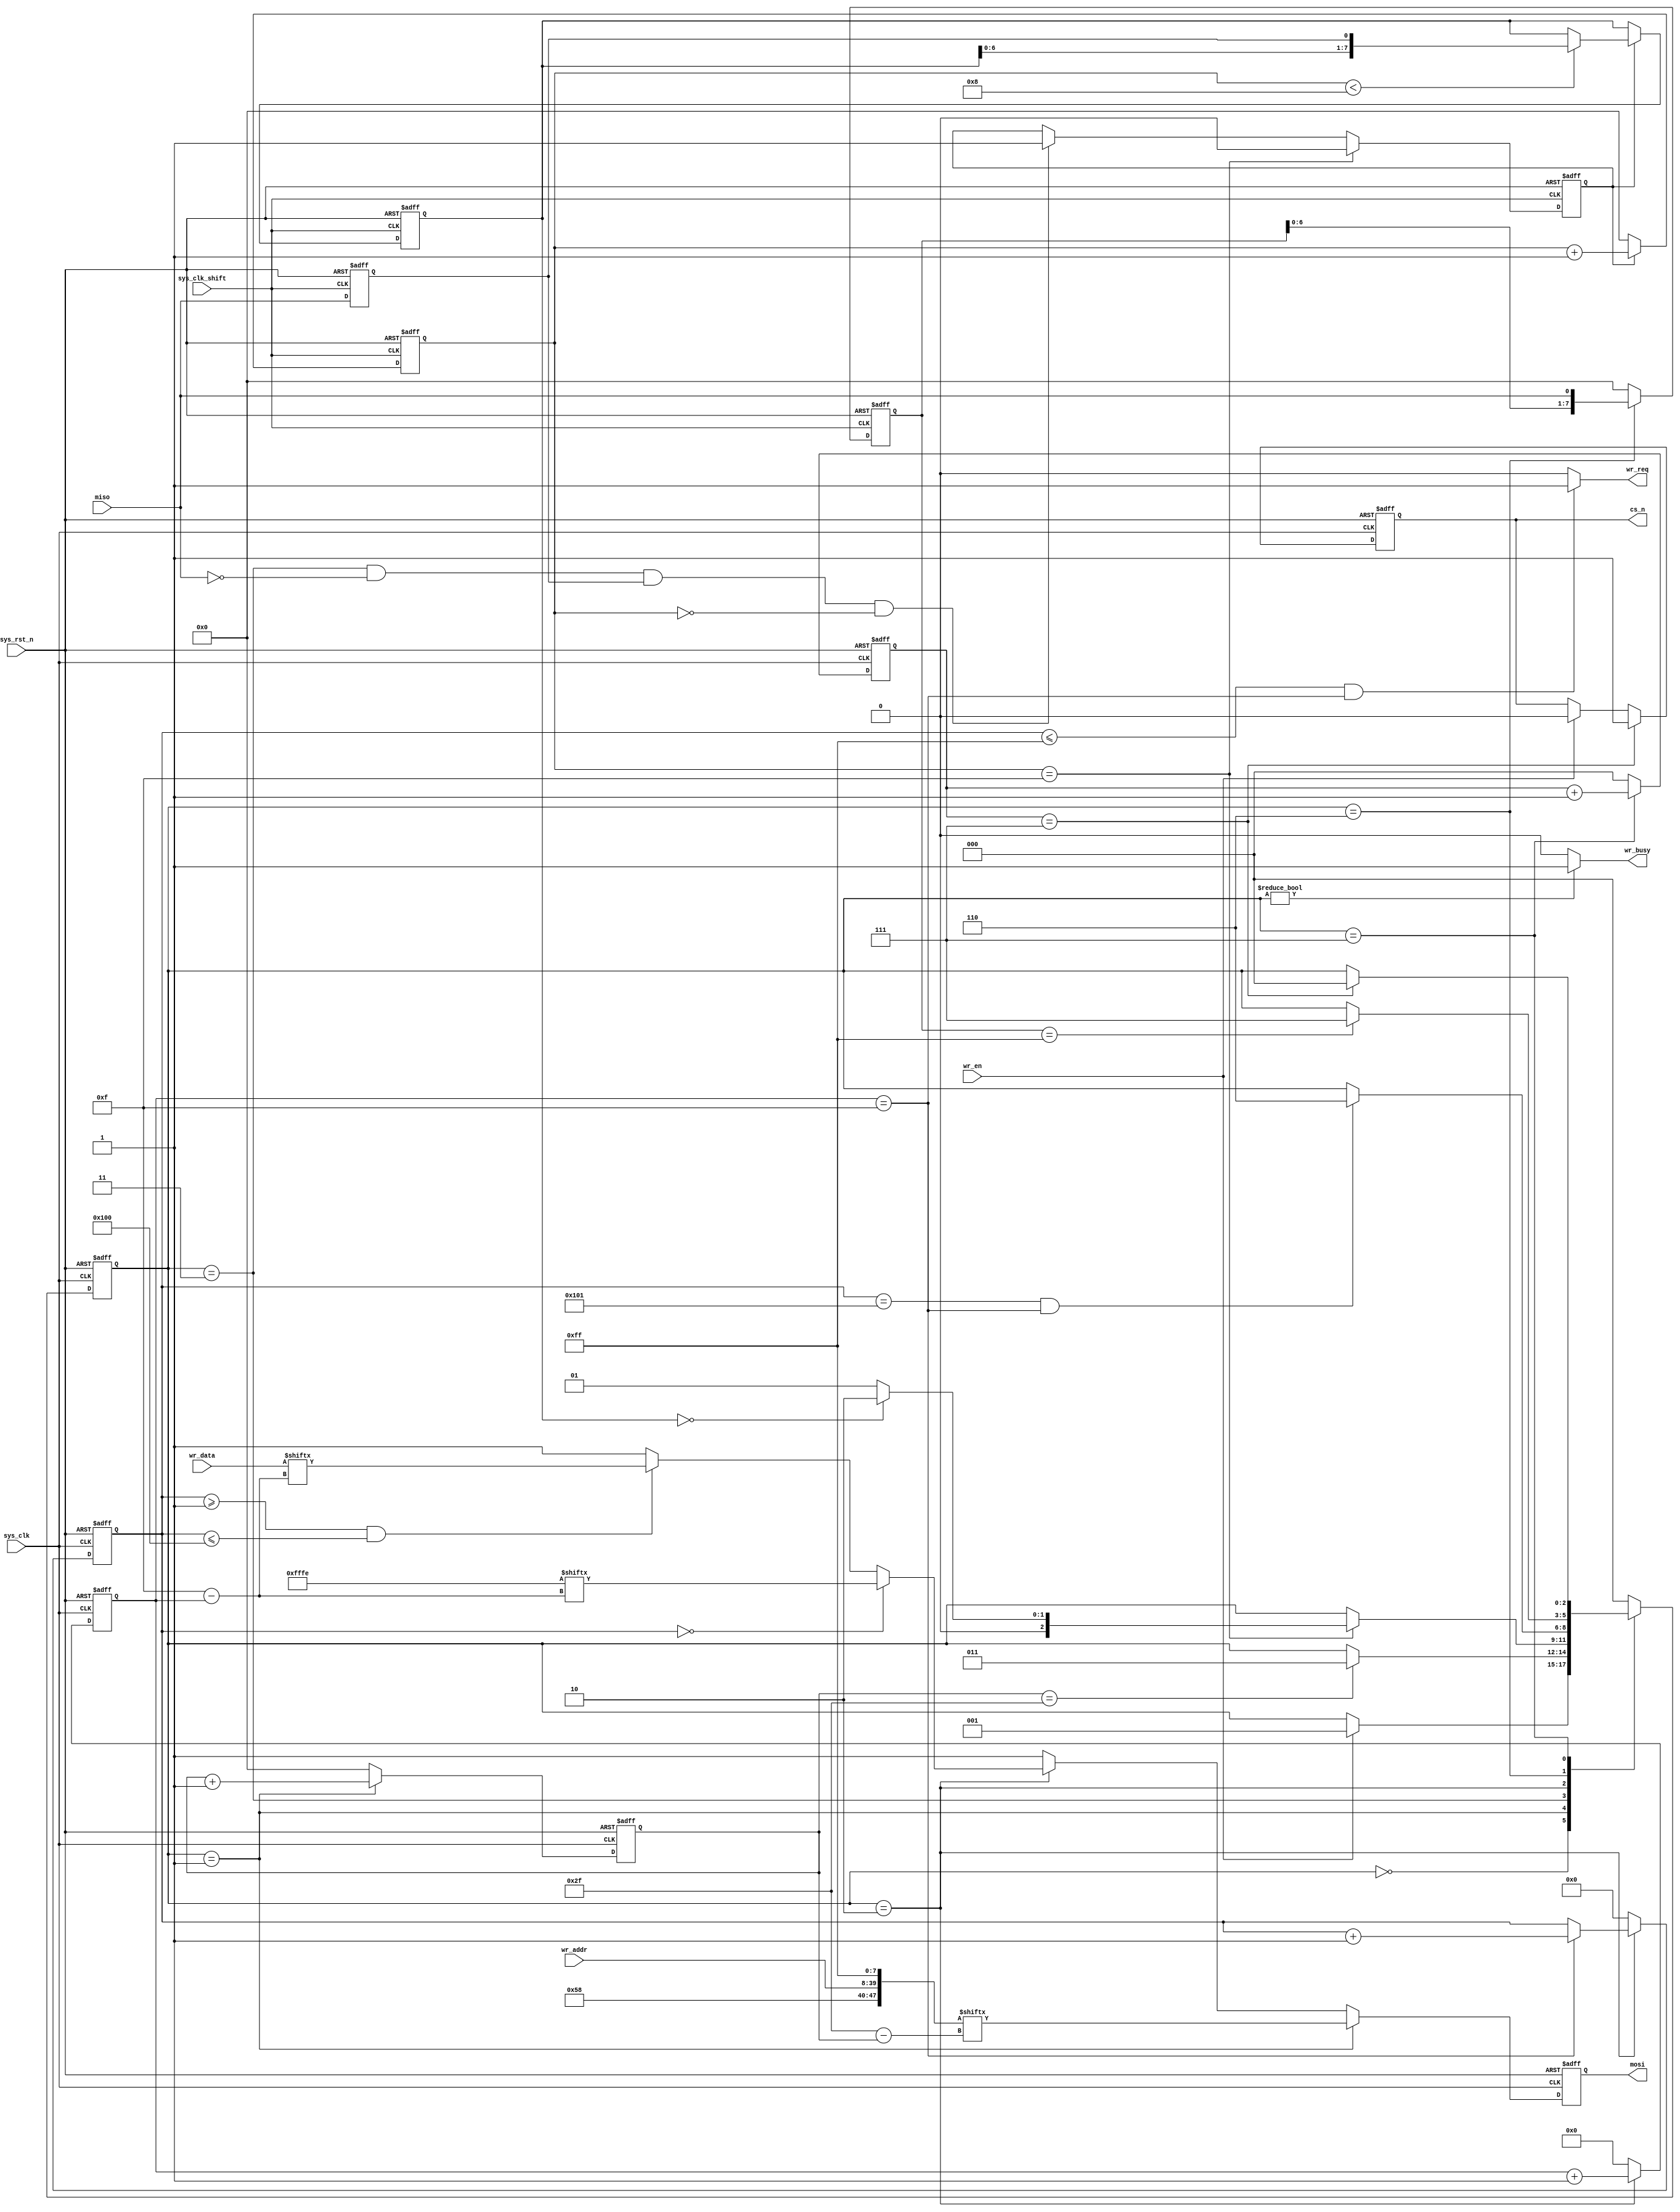
// This program was cloned from: https://github.com/abdelazeem201/SoC-FPGA
// License: MIT License

//*************************************************************************
//*  ASIC                                                                *
//*  UART2SD                                               
//*  Top File : sd_write.v                                                 *
//*  Author: Abdelazeem                                                   *
//*  Revision 0.1                                                         *
//*  Date     2024/01/26                                                   *
//*  Email : a.abdelazeem201@gmail.com                                      *
//*************************************************************************
`timescale  1ns/1ns
module  sd_write
(
    input   wire            sys_clk         ,   
    input   wire            sys_clk_shift   ,   
    input   wire            sys_rst_n       ,   
    input   wire            miso            ,   
    input   wire            wr_en           ,   
    input   wire    [31:0]  wr_addr         ,   
    input   wire    [15:0]  wr_data         ,   

    output  reg             cs_n            ,   
    output  reg             mosi            ,   
    output  wire            wr_busy         ,   
    output  wire            wr_req              
);

parameter   IDLE        =   3'b000  ,   
            SEND_CMD24  =   3'b001  ,   
            CMD24_ACK   =   3'b011  ,   
            WR_DATA     =   3'b010  ,   
            WR_BUSY     =   3'b110  ,   
            WR_END      =   3'b111  ;   
parameter   DATA_NUM    =   12'd256 ;   
parameter   BYTE_HEAD   =   16'hfffe;   


wire    [47:0]  cmd_wr      ;   

reg     [2:0]   state       ;   
reg     [7:0]   cnt_cmd_bit ;   
reg             ack_en      ;   
reg     [7:0]   ack_data    ;   
reg     [7:0]   cnt_ack_bit ;   
reg     [11:0]  cnt_data_num;   
reg     [3:0]   cnt_data_bit;   
reg     [7:0]   busy_data   ;   
reg     [2:0]   cnt_end     ;   
reg             miso_dly    ;   

assign  wr_busy = (state != IDLE) ? 1'b1 : 1'b0;


assign  wr_req = ((cnt_data_num <= DATA_NUM - 1'b1) && (cnt_data_bit == 4'd15))
                ? 1'b1 : 1'b0;


assign  cmd_wr = {8'h58,wr_addr,8'hff};


always@(posedge sys_clk_shift or negedge sys_rst_n)
    if(sys_rst_n == 1'b0)
        miso_dly    <=  1'b0;
    else
        miso_dly    <=  miso;


always@(posedge sys_clk_shift or negedge sys_rst_n)
    if(sys_rst_n == 1'b0)
        ack_en  <=  1'b0;
    else    if(cnt_ack_bit == 8'd15)
        ack_en  <=  1'b0;
    else    if((state == CMD24_ACK) && (miso == 1'b0)
                && (miso_dly == 1'b1) && (cnt_ack_bit == 8'd0))
        ack_en  <=  1'b1;
    else
        ack_en  <=  ack_en;


always@(posedge sys_clk_shift or negedge sys_rst_n)
    if(sys_rst_n == 1'b0)
        begin
            ack_data    <=  8'b0;
            cnt_ack_bit <=  8'd0;
        end
    else    if(ack_en == 1'b1)
        begin
            cnt_ack_bit     <=  cnt_ack_bit + 8'd1;
            if(cnt_ack_bit < 8'd8)
                ack_data    <=  {ack_data[6:0],miso_dly};
            else
                ack_data    <=  ack_data;
        end
    else
        cnt_ack_bit <=  8'd0;


always@(posedge sys_clk_shift or negedge sys_rst_n)
    if(sys_rst_n == 1'b0)
        busy_data   <=  8'd0;
    else    if(state == WR_BUSY)
        busy_data   <=  {busy_data[6:0],miso};
    else
        busy_data   <=  8'd0;


always@(posedge sys_clk or negedge sys_rst_n)
    if(sys_rst_n == 1'b0)
        state   <=  IDLE;
    else
        case(state)
            IDLE:
                if(wr_en == 1'b1)
                    state   <=  SEND_CMD24;
                else
                    state   <=  state;
            SEND_CMD24:
                if(cnt_cmd_bit == 8'd47)
                    state   <=  CMD24_ACK;
                else
                    state   <=  state;
            CMD24_ACK:
                if(cnt_ack_bit == 8'd15)
                    if(ack_data == 8'h00)
                        state   <=  WR_DATA;
                    else
                        state   <=  SEND_CMD24;
                else
                    state   <=  state;
            WR_DATA:
                if((cnt_data_num == (DATA_NUM + 1'b1))
                    && (cnt_data_bit == 4'd15))
                    state   <=  WR_BUSY;
                else
                    state   <=  state;
            WR_BUSY:
                if(busy_data == 8'hff)
                    state   <=  WR_END;
                else
                    state   <=  state;
            WR_END:
                if(cnt_end == 3'd7)
                    state   <=  IDLE;
                else
                    state   <=  state;
            default:state   <=  IDLE;
        endcase


always@(posedge sys_clk or negedge sys_rst_n)
    if(sys_rst_n == 1'b0)
        cs_n    <=  1'b1;
    else    if(cnt_end == 3'd7)
        cs_n    <=  1'b1;
    else    if(wr_en == 1'b1)
        cs_n    <=  1'b0;
    else
        cs_n    <=  cs_n;

always@(posedge sys_clk or negedge sys_rst_n)
    if(sys_rst_n == 1'b0)
        cnt_cmd_bit     <=  8'd0;
    else    if(state == SEND_CMD24)
        cnt_cmd_bit     <=  cnt_cmd_bit + 8'd1;
    else
        cnt_cmd_bit     <=  8'd0;

always@(posedge sys_clk or negedge sys_rst_n)
    if(sys_rst_n == 1'b0)
        mosi    <=  1'b1;
    else    if(state == SEND_CMD24)
        mosi    <=  cmd_wr[8'd47 - cnt_cmd_bit];
    else    if(state == WR_DATA)
        if(cnt_data_num == 12'd0)
            mosi    <=  BYTE_HEAD[15 - cnt_data_bit];
        else    if((cnt_data_num >= 12'd1) && (cnt_data_num <= DATA_NUM))
            mosi    <=  wr_data[15 - cnt_data_bit];
        else
            mosi    <=  1'b1;
    else
        mosi    <=  1'b1;

always@(posedge sys_clk or negedge sys_rst_n)
    if(sys_rst_n == 1'b0)
        cnt_data_bit    <=  4'd0;
    else    if(state == WR_DATA)
        cnt_data_bit    <=  cnt_data_bit + 4'd1;
    else
        cnt_data_bit    <=  4'd0;

always@(posedge sys_clk or negedge sys_rst_n)
    if(sys_rst_n == 1'b0)
        cnt_data_num    <=  12'd0;
    else    if(state == WR_DATA)
        if(cnt_data_bit == 4'd15)
            cnt_data_num    <=  cnt_data_num + 12'd1;
        else
            cnt_data_num    <=  cnt_data_num;
    else
        cnt_data_num    <=  12'd0;

always@(posedge sys_clk or negedge sys_rst_n)
    if(sys_rst_n == 1'b0)
        cnt_end <=  3'd0;
    else    if(state == WR_END)
        cnt_end <=  cnt_end + 3'd1;
    else
        cnt_end <=  3'd0;

endmodule